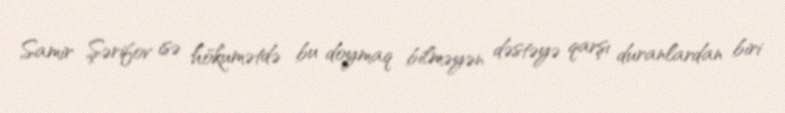
Samir Şərifov isə hökumətdə bu doymaq bilməyən dəstəyə qarşı duranlardan biri